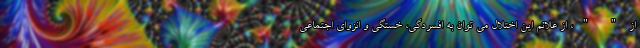
از " "، از علائم این اختلال می توان به افسردگی، خستگی و انزوای اجتماعی